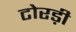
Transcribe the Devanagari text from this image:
टोरड़ी